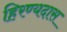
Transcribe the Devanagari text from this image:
हिरण्यदास